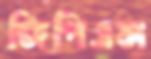
জিপিএস